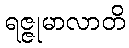
ရဇ္ဇုမာလာတိ